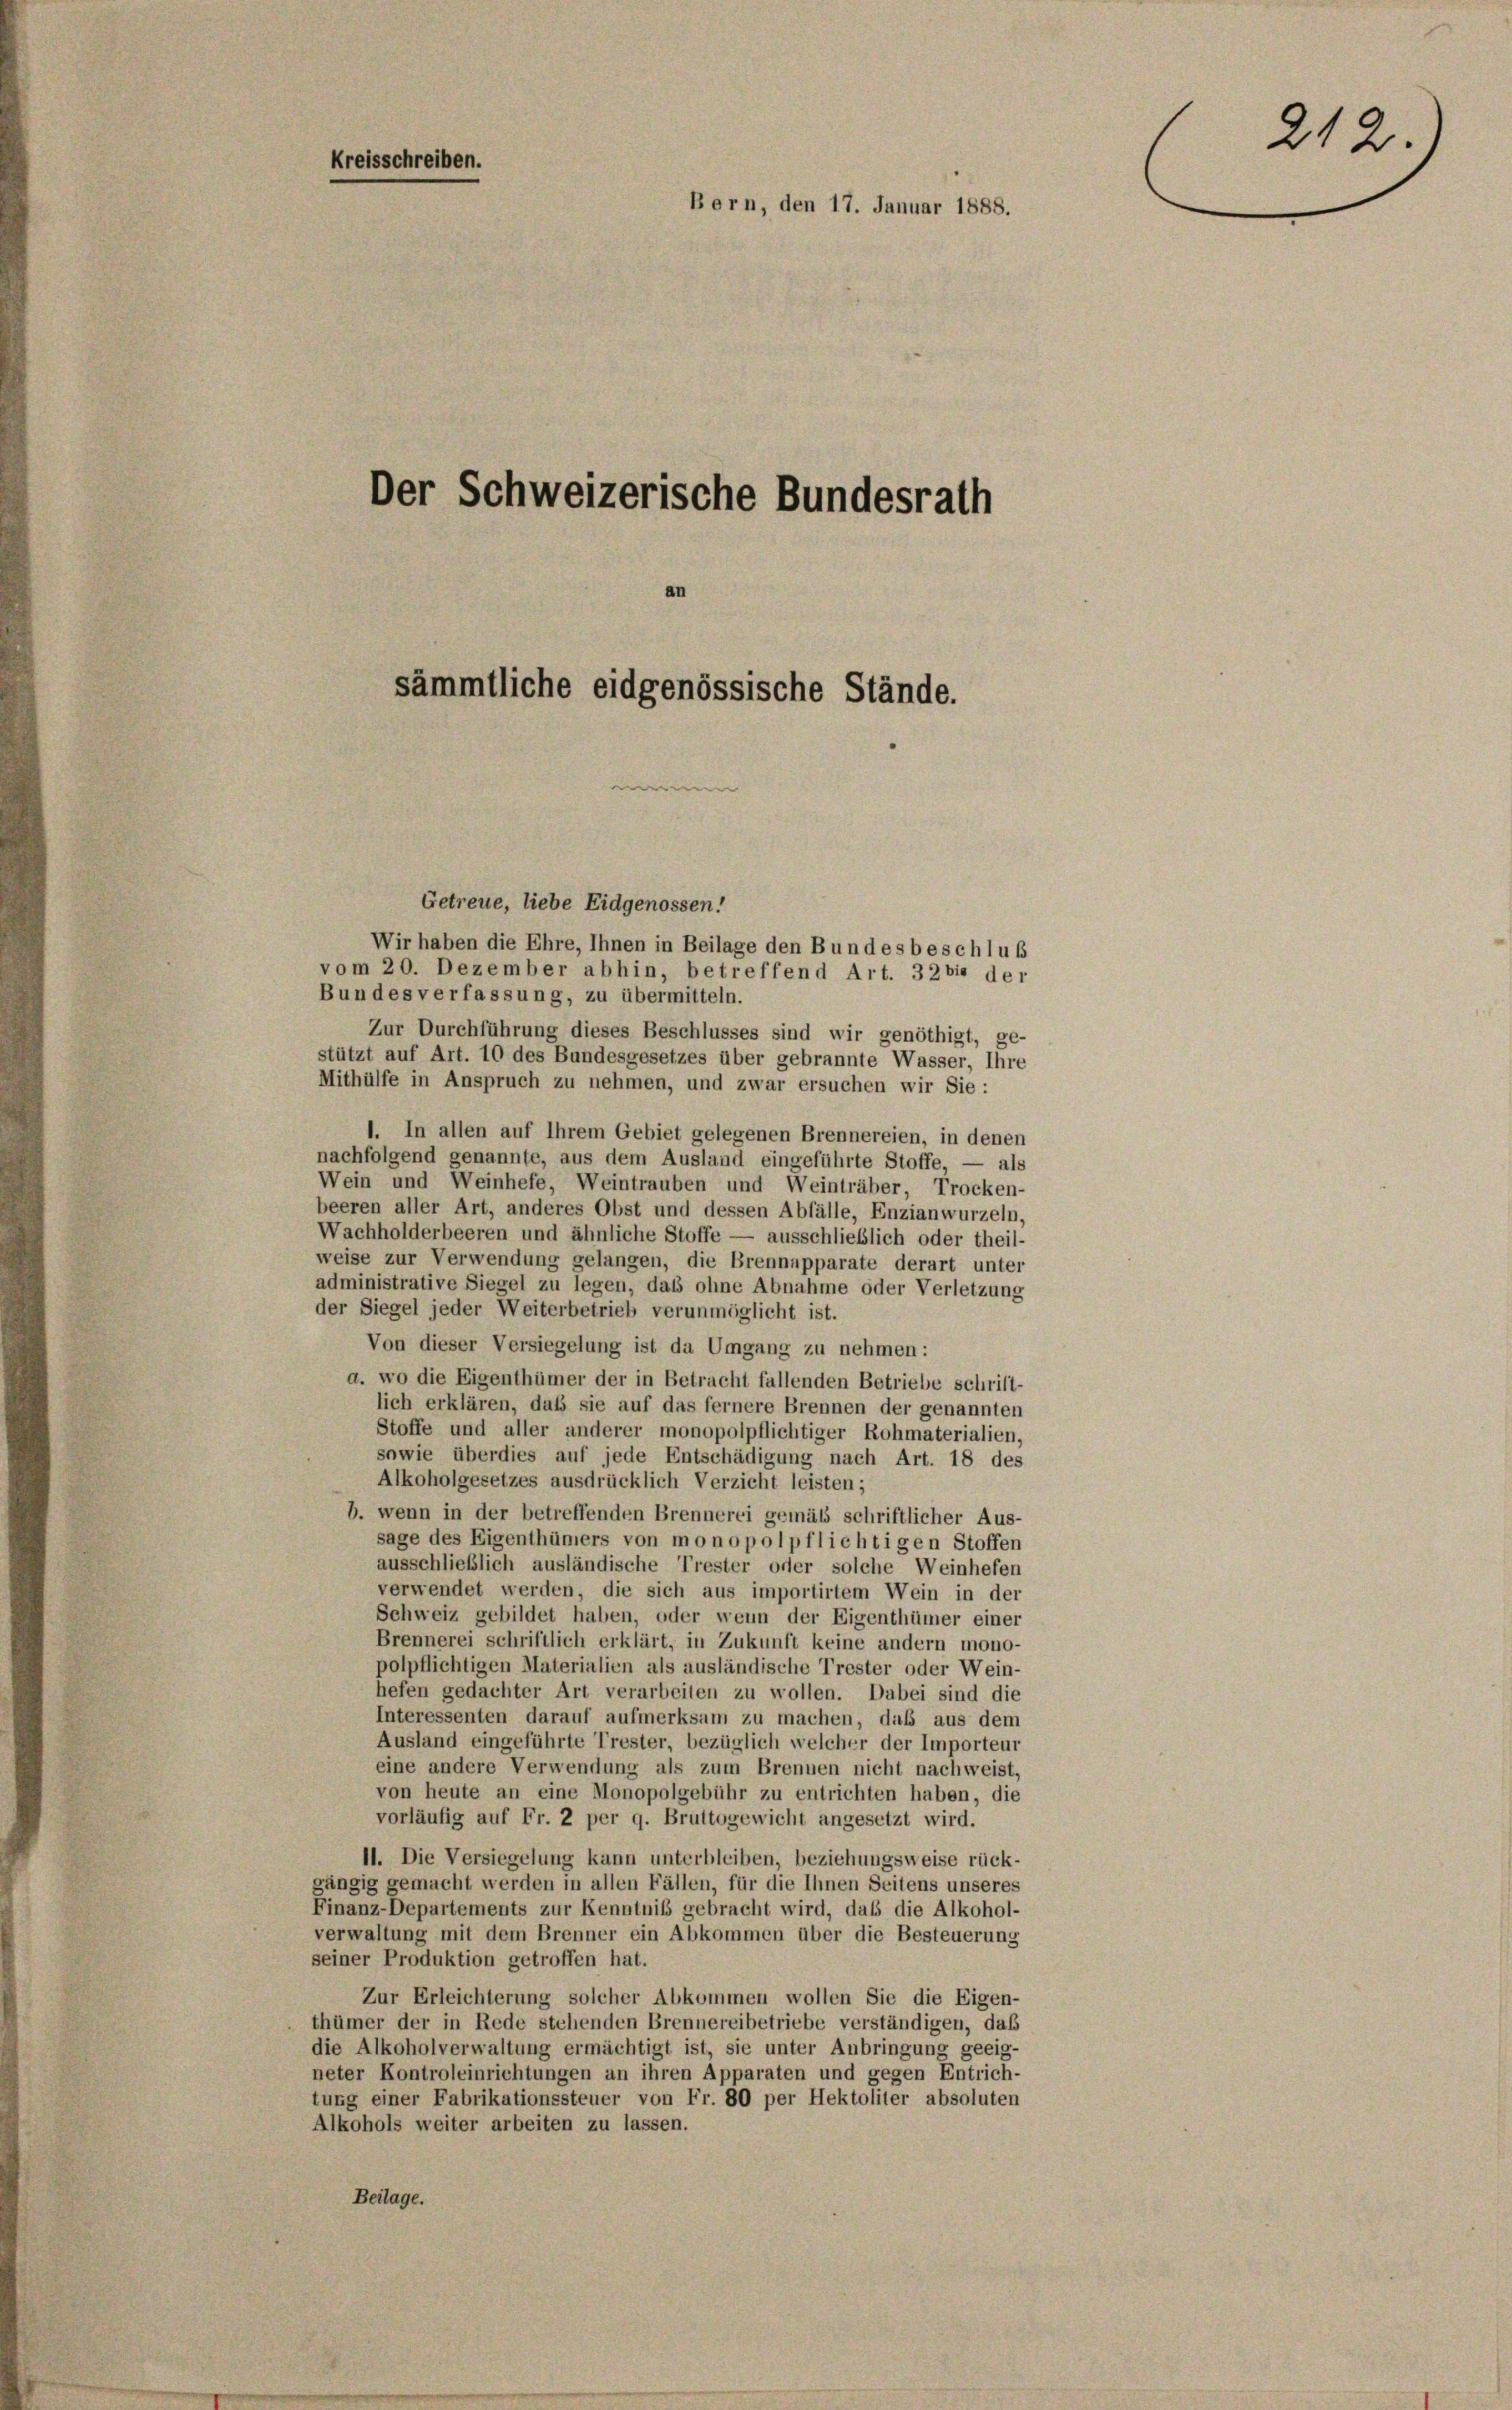
Kreisschreiben.
Bern, den 17. Januar 1888.
Der Schweizerische Bundesrath

sämmtliche eidgenössische Stände.

Getreue, liebe Eidgenossen!
Wir haben die Ehre, Ihnen in Beilage den Bundes beschluß
vom 20. Dezember abhin, betreffend Art. 32 bis der
Bundes verfassung, zu übermitteln.
Zur Durchführung dieses Beschlusses sind wir genöthigt, ge-
stützt auf Art. 10 des Bundesgesetzes über gebrannte Wasser, Ihre
Mithülfe in Anspruch zu nehmen, und zwar ersuchen wir Sie :
1. In allen auf Ihrem Gebiet gelegenen Brennereien, in denen
nachfolgend genannte, aus dem Ausland eingeführte Stoffe, — als
Wein und Weinhefe, Weintrauben und Weinträber, Trocken-
beeren aller Art, anderes Obst und dessen Abfälle, Enzianwurzeln,
Wachholderbeeren und ähnliche Stoffe — ausschließlich oder theil-
weise zur Verwendung gelangen, die Brennapparate derart unter
administrative Siegel zu legen, das ohne Abnahme oder Verletzung
der Siegel jeder Weiterbetrieb verunmöglicht ist.
Von dieser Versiegelung ist da Umgang zu nehmen:
d. wo die Eigenthümer der in Betracht fallenden Betriebe schrift-
lich erklären, daß sie auf das fernere Brennen der genannten
Stoffe und aller anderer monopolpflichtiger Rohmaterialien,
sowie überdies auf jede Entschädigung nach Art. 18 des
Alkoholgesetzes ausdrücklich Verzicht leisten;
b. wenn in der betreffenden Brennerei gemäss schriftlicher Aus-
sage des Eigenthümers von monopol pflichtigen Stoffen
ausschließlich ausländische Trester oder solche Weinhefen
verwendet werden, die sich aus importirtem Wein in der
Schweiz gebildet haben, oder wenn der Eigenthümer einer
Brennerei schriftlich erklärt, in Zukunft keine andern mono-
polpflichtigen Materialien als ausländische Trester oder Wein-
hefen gedachter Art verarbeiten zu wollen. Dabei sind die
Interessenten darauf aufmerksam zu machen, daß aus dem
Ausland eingeführte Trester, bezüglich welcher der Importeur
eine andere Verwendung als zum Brennen nicht nachweist,
von heute an eine Monopolgebühr zu entrichten haben, die
vorläufig auf Fr. 2 per 9. Bruttogewicht angesetzt wird.
11. Die Versiegelung kann unterbleiben, beziehungsweise rück-
gängig gemacht werden in allen Fällen, für die Ihnen Seitens unseres
Finanz-Departements zur Kenntniß gebracht wird, daß die Alkohol-
verwaltung mit dem Brenner ein Abkommen über die Besteuerung
seiner Produktion getroffen hat.
Zur Erleichterung solcher Abkommen wollen Sie die Eigen-
thümer der in Rede stehenden Brennereibetriebe verständigen, daß
die Alkoholverwaltung ermächtigt ist, sie unter Anbringung geeig-
neter Kontroleinrichtungen an ihren Apparaten und gegen Entrich-
tung einer Fabrikationssteuer von Fr. 80 per Hektoliter absoluten
Alkohols weiter arbeiten zu lassen.
Beilage.

212.